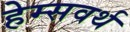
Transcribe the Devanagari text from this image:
हेम्सवर्थ